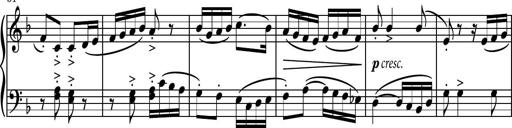
Title: Piano Sonatina II
Composer: Dimitri Sykias
Key: F major